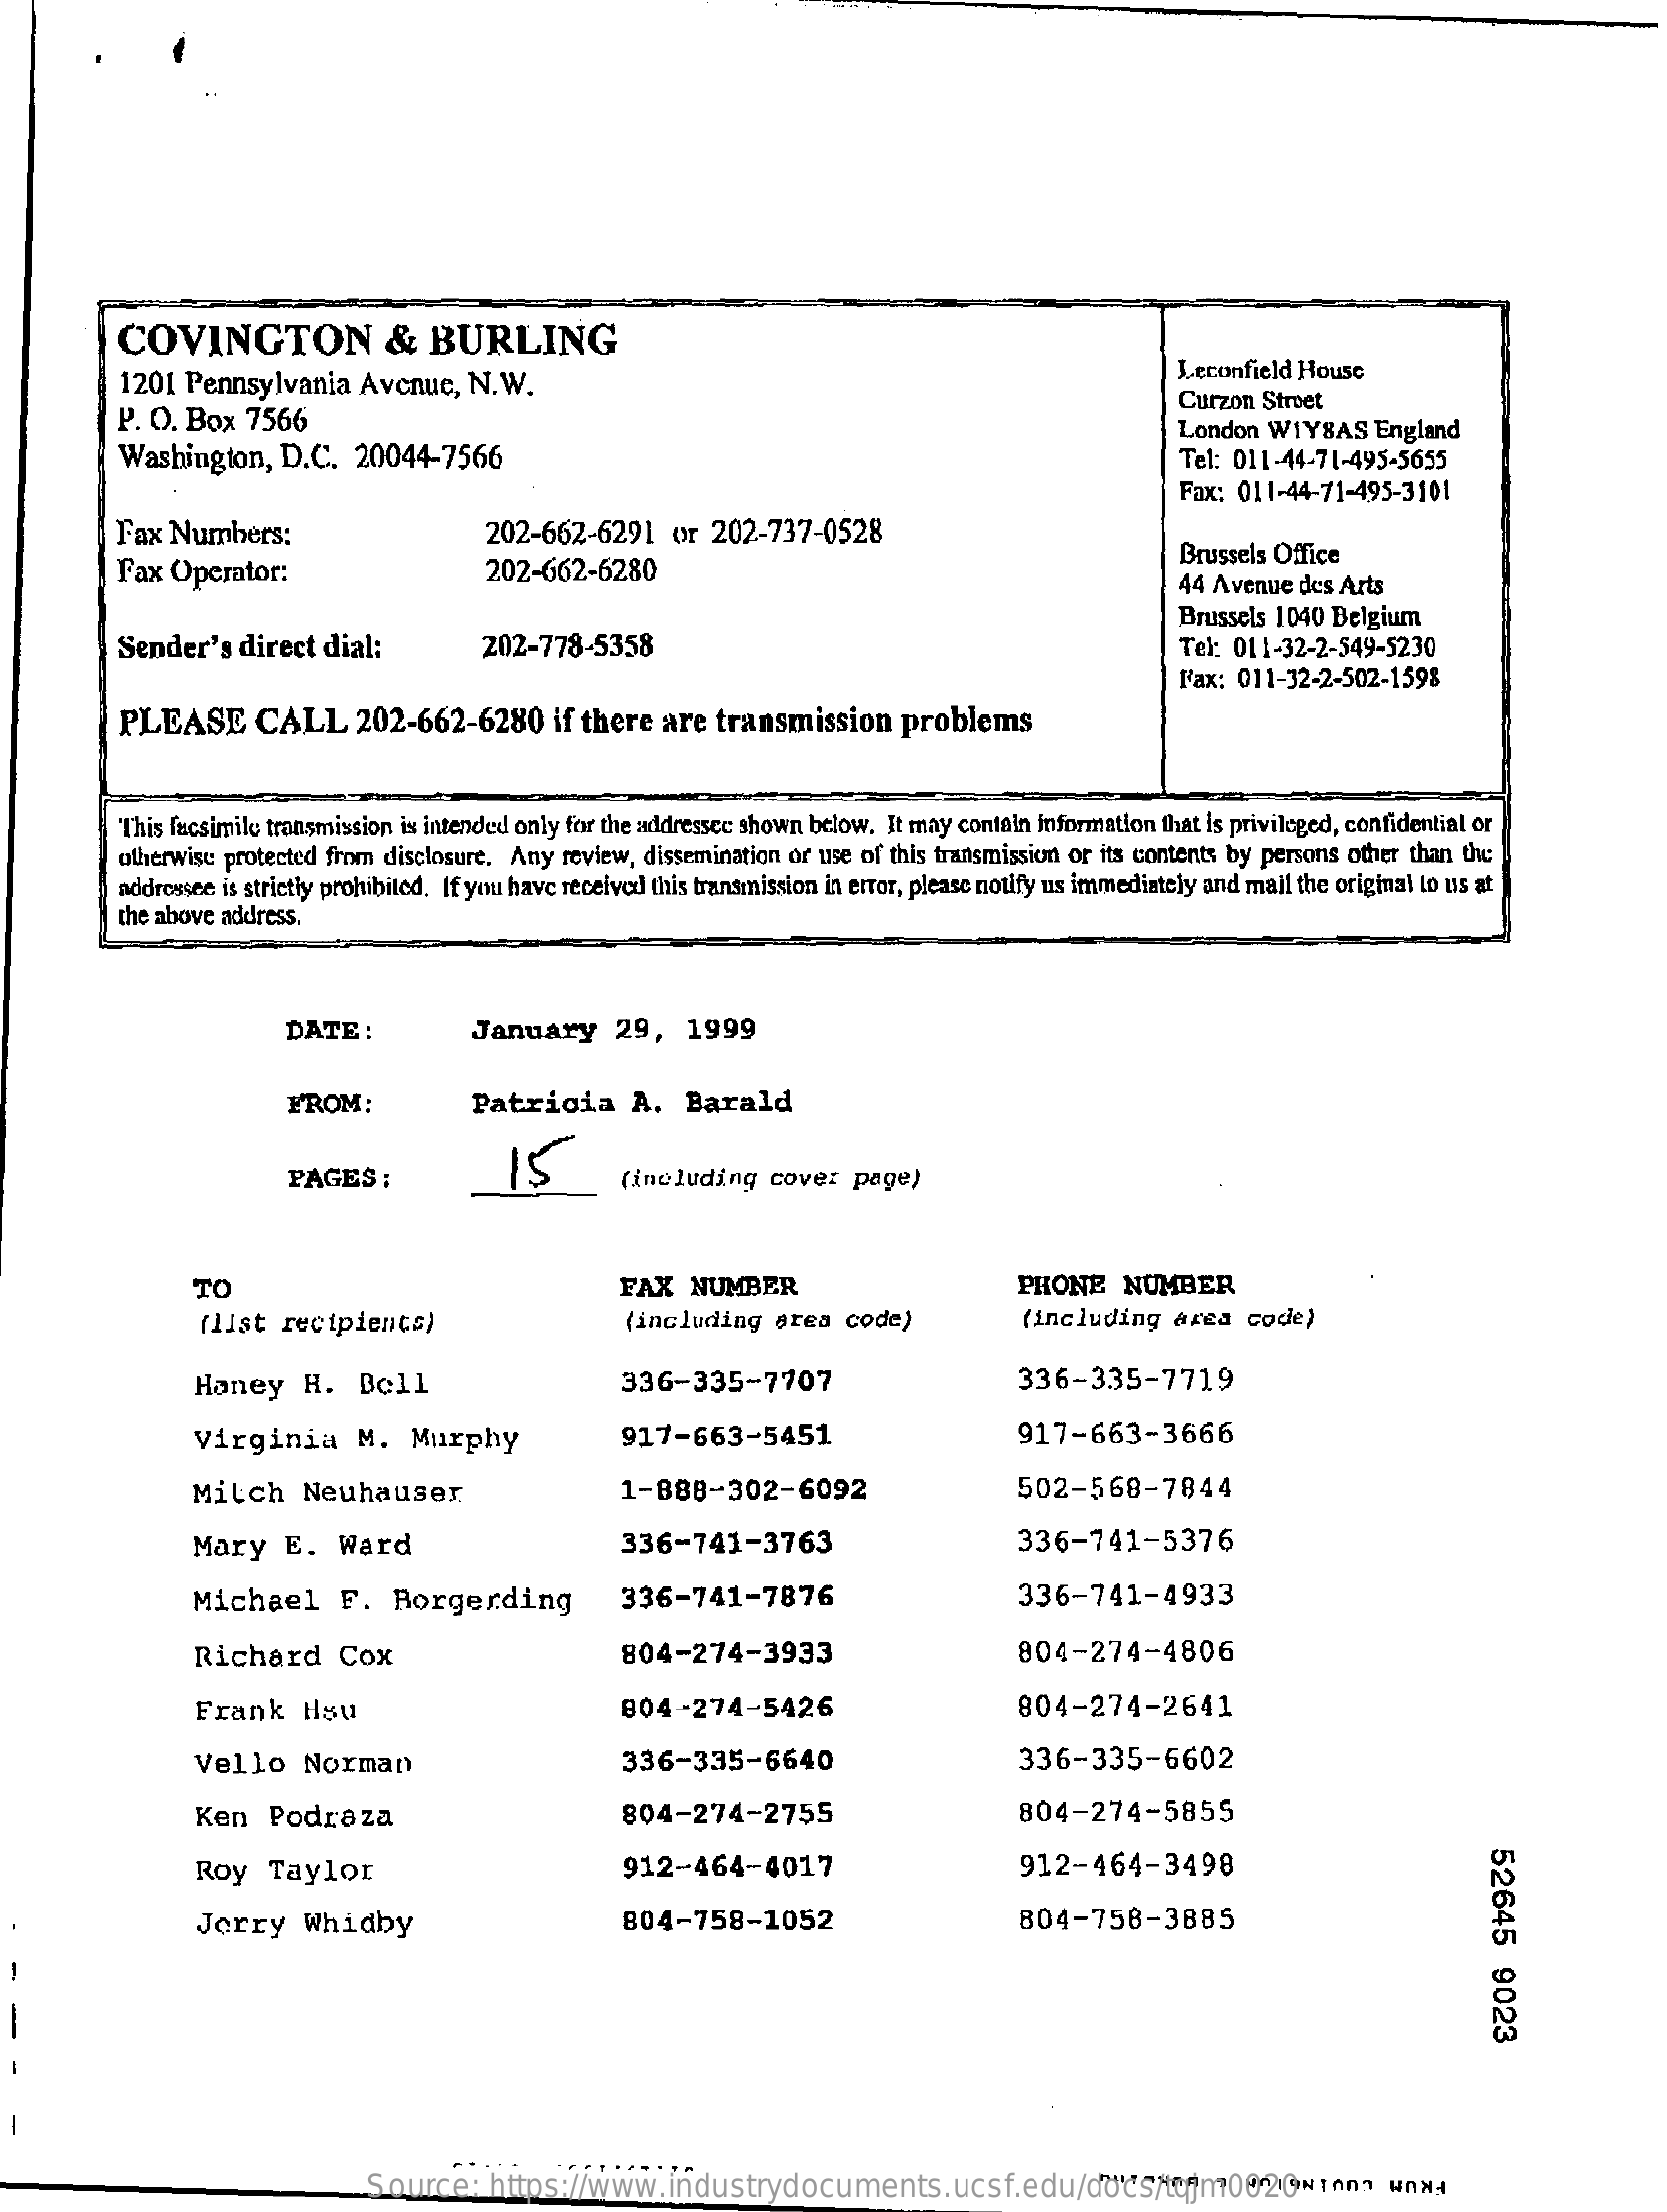
COVINGTON    &   BURLING
     1201 Pennsylvania   Avenue,   N. W.
     Leconfield House
     P. O. Box  7566
     Curzon Stroet
     Washington,   D.C.   20044-7566
     London  WIYSAS   England
     Tel: 011-44-71-495-5655
     Fax: 011-44-71-495-3101
     Fax  Numbers:    202-662-6291    or  202-737-0528
     Fax  Operator:    202-662-6280
     Brussels Office
     44 Avenue des Arts
     Sender's   direct dial:    202-778-5358
     Brussels 1040 Belgium
     Tel: 011-32-2-549-5230
     Fax: 011-32-2-502-1598
     PLEASE    CALL    202-662-6280    if there are  transmission    problems
     This facsimile transmission is intended only for the addressee shown below. It may contain information that is privileged, confidential or
     otherwise protected from disclosure. Any review, dissemination or use of this transmission or its contents by persons other than the
     addressee is strictly prohibited. If you have received this transmission in error, please notify us immediately and mail the original to us at
     the above address.
     DATE   :    January    29,   1999
     FROM:    Patricia    A.   Barald
     PAGES   :    15    (including   cover  page)
     TO    FAX   NUMBER    PHONE    NUMBER
     (list recipients)    (including   area  code)    (including   area  code)
     Honey    H.   Bell    336-335-7707    336-335-7719
     Virginia    M.  Murphy    917-663-5451    917-663-3666
     Milch    Neuhauser    1-888-302-6092    502-568-7844
     Mary    E.  Ward    336-741-3763    336-741-5376
     Michael    F.   Borgerding    336-741-7876    336-741-4933
     Richard    Cox    804-274-3933    804-274-4806
     Frank    Hsu    804-274-5426    804-274-2641
     Vello    Norman    336-335-6640    336-335-6602
     Ken   Podraza    804-274-2755    804-274-5855
     52645
     9023
     Roy   Taylor    912-464-4017    912-464-3498
     Jerry    Whidby    804-758-1052    804-758-3885
  -
     Source:    https://www.industrydocuments.ucsf.edu/docs/tqjm0020